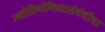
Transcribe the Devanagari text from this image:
ज्योतिर्गणितासंबंधीचा